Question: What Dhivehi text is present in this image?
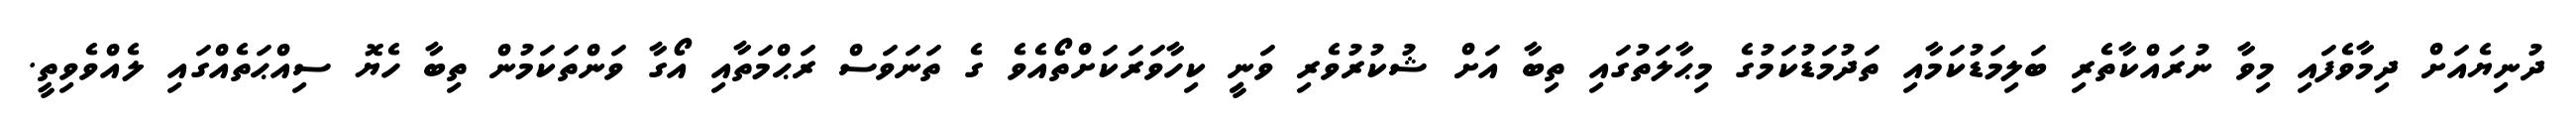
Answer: ދުނިޔެއަށް ދިމާވެފައި މިވާ ނުރައްކާތެރި ބަލިމަޑުކަމާއި ތަދުމަޑުކަމުގެ މިޙާލަތުގައި ތިބާ އަށް ޝުކުރުވެރި ވަނިީ ކިހާވަރަކަށްތޯއެވެ ގެ ތަނަވަސް ރަޙްމަތާއި އޯގާ ވަންތަކަމުން ތިބާ ހެޔޮ ސިއްޙަތެއްގައި ލެއްވެވިތީ.